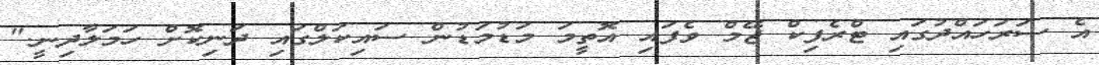
އެ ސަރަހައްދުގައި ޓްރެފިކް ޖޭމް ވެފައި އޮތީމަ މަޑުމަޑުން ސައިކަލްގައި ދަނިކޮށް ހަމަލާދިނީ."